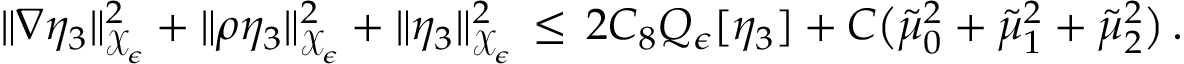
\| \nabla \eta _ { 3 } \| _ { \mathcal { X } _ { \epsilon } } ^ { 2 } + \| \rho \eta _ { 3 } \| _ { \mathcal { X } _ { \epsilon } } ^ { 2 } + \| \eta _ { 3 } \| _ { \mathcal { X } _ { \epsilon } } ^ { 2 } \, \le \, 2 C _ { 8 } Q _ { \epsilon } [ \eta _ { 3 } ] + C \bigl ( \tilde { \mu } _ { 0 } ^ { 2 } + \tilde { \mu } _ { 1 } ^ { 2 } + \tilde { \mu } _ { 2 } ^ { 2 } \bigr ) \, .